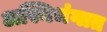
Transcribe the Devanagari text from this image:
अस्थिभंगात